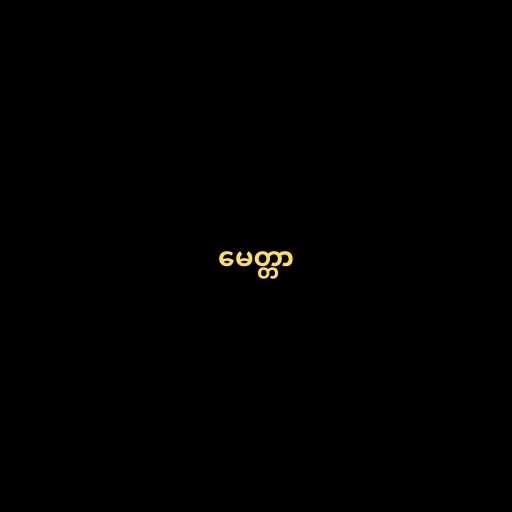
မေတ္တာ